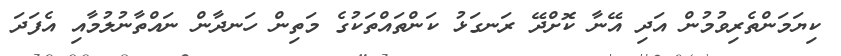
ކިޔަމަންތެރިވުމުން އަދި އޭނާ ކޮށްދޭ ރަނގަޅު ކަންތައްތަކުގެ މަތިން ހަނދާން ނައްތާނުލުމާއި އެފަދަ